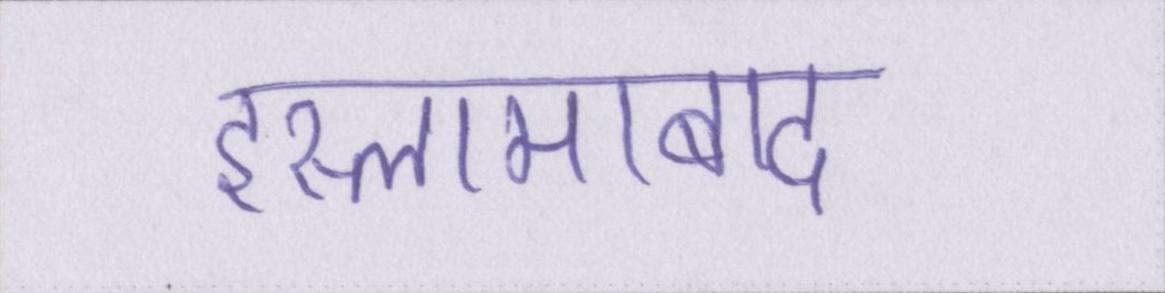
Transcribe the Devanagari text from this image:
इस्लामाबाद